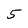
Character: 5